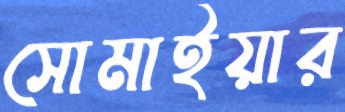
সোমাইয়ার